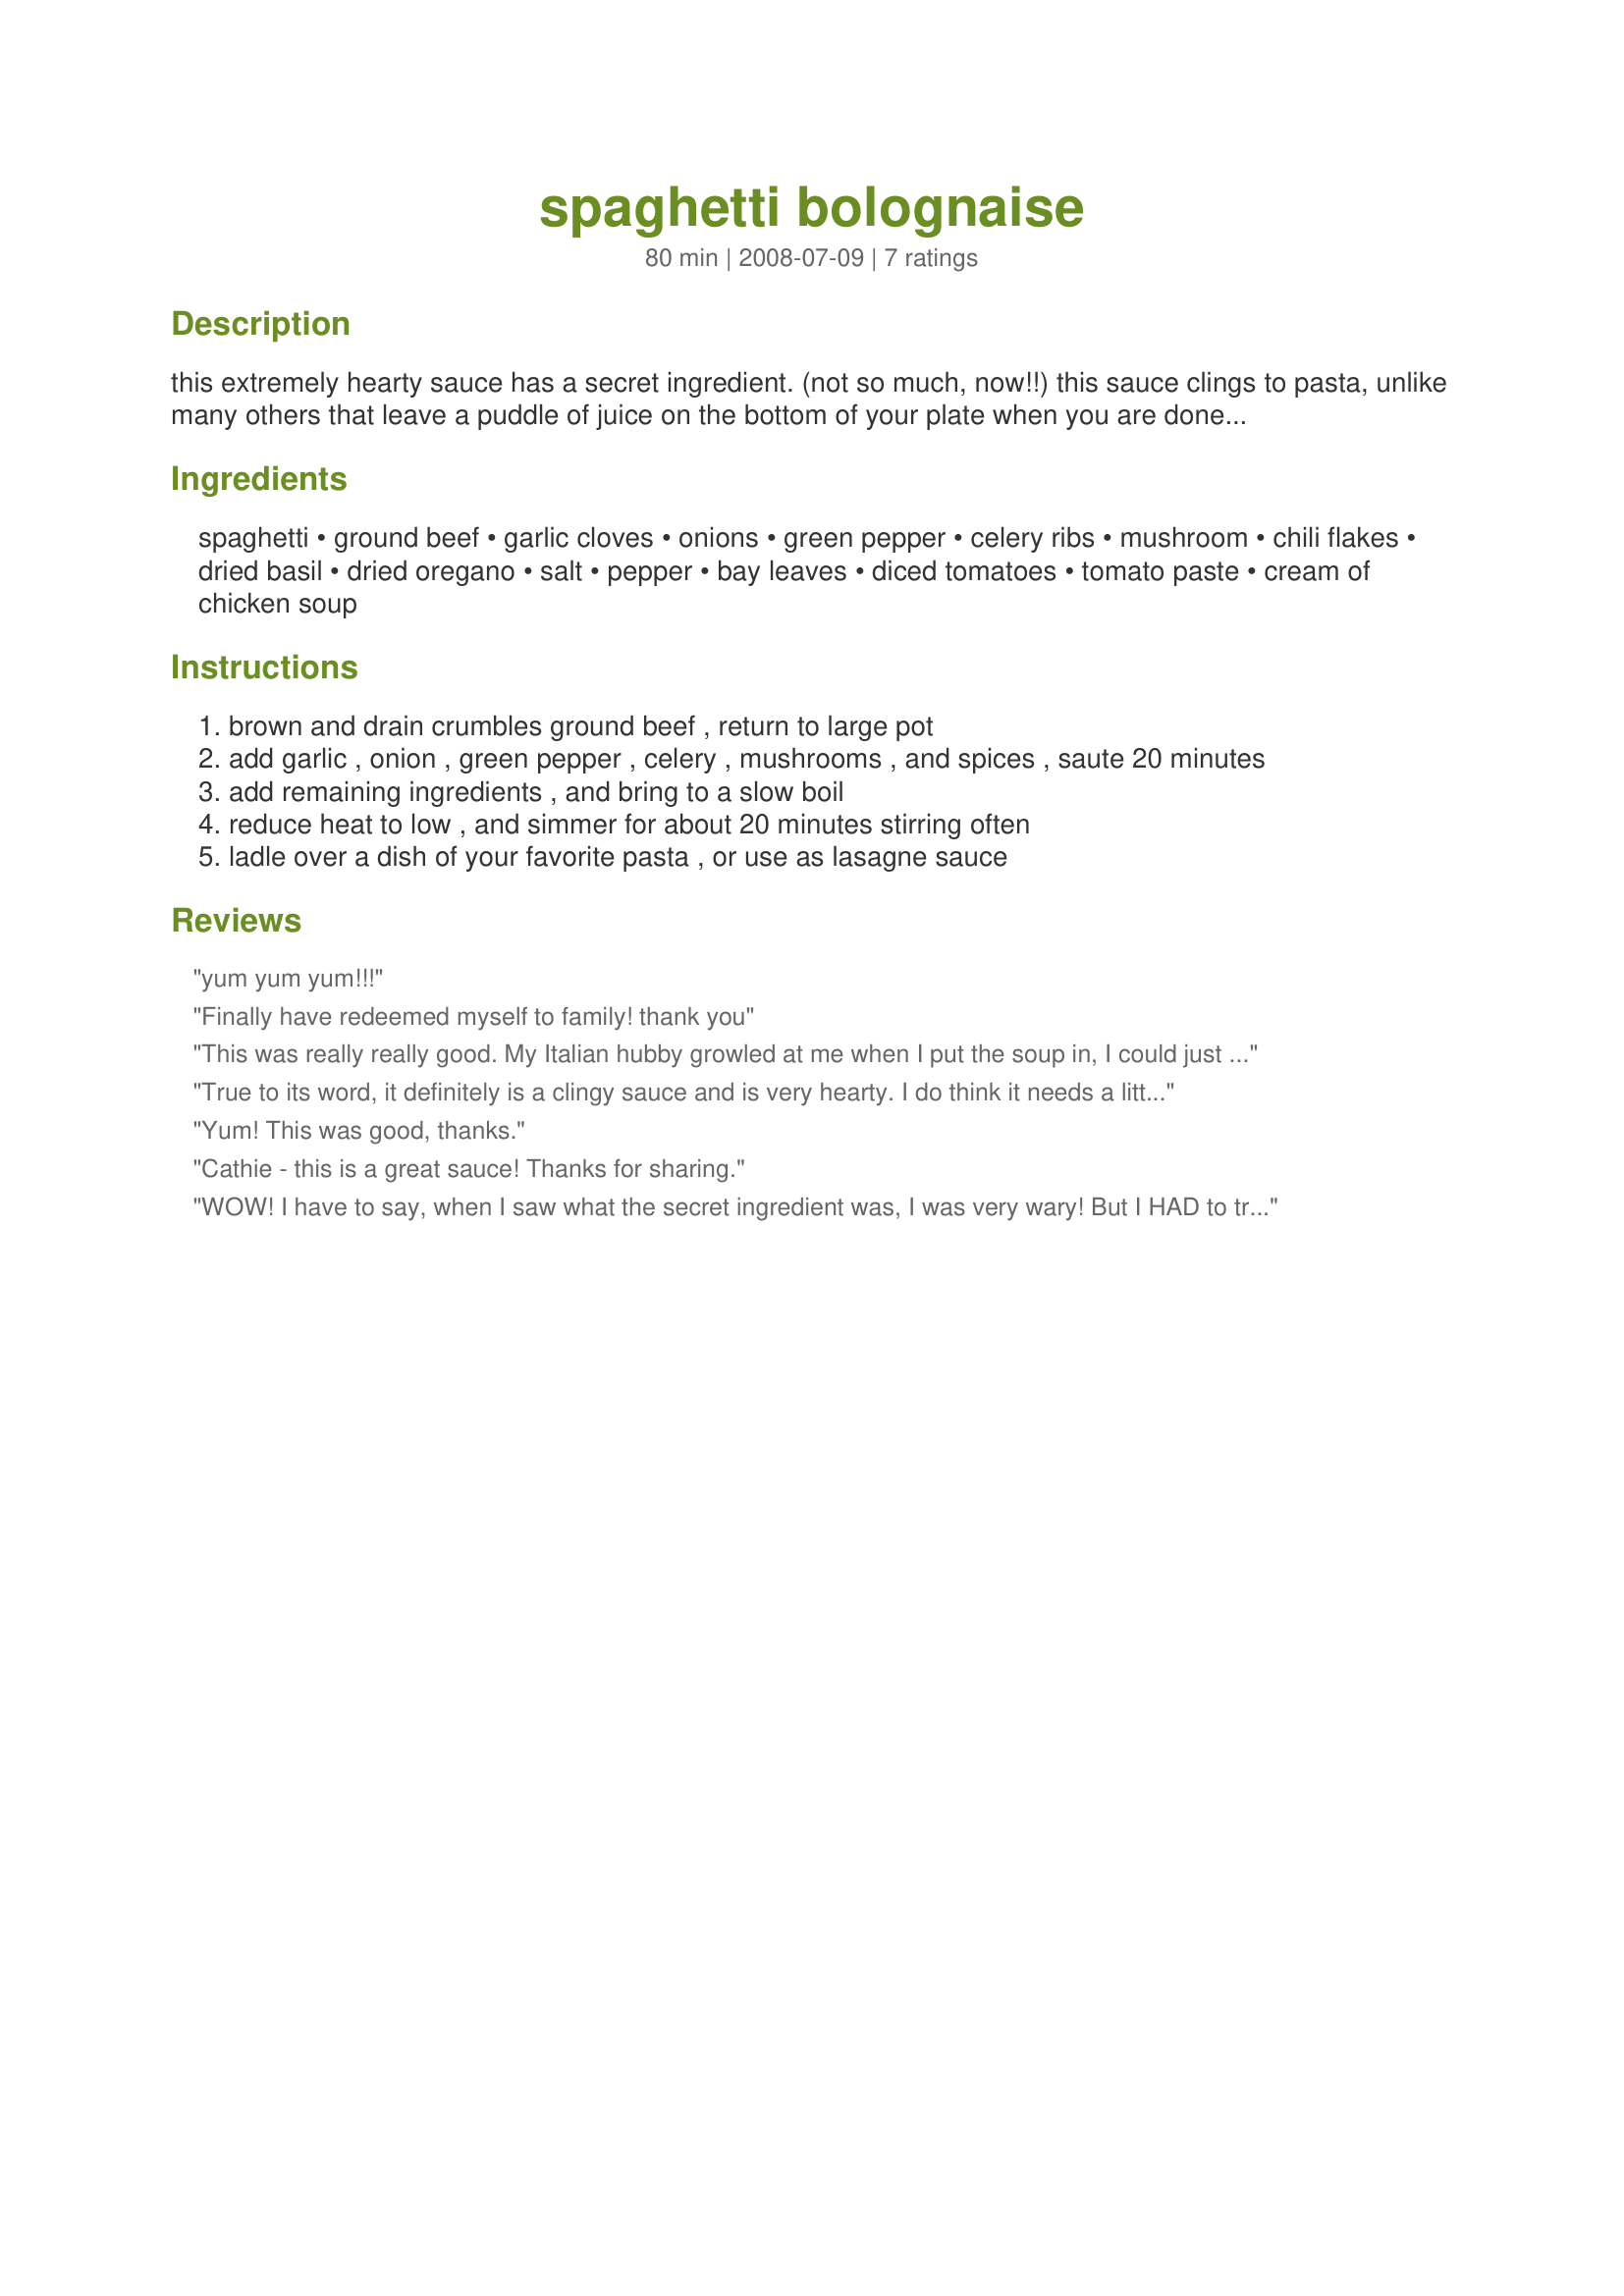
spaghetti bolognaise
Preparation time: 80 minutes

this extremely hearty sauce has a secret ingredient. (not so much, now!!) this sauce clings to pasta, unlike many others that leave a puddle of juice on the bottom of your plate when you are done. the vegetables are chopped finely, allowing them to stay with the pasta as you twirl it on your fork. my mother brought this recipe from england originally more than 50 years ago, but i have tweaked it over the last 35 years. it makes quite a large batch, but it freezes well too. i also use it for lasagne, and it is always a hit. i hope you enjoy it as much as i do!!

Ingredients:
spaghetti, ground beef, garlic cloves, onions, green pepper, celery ribs, mushroom, chili flakes, dried basil, dried oregano, salt, pepper, bay leaves, diced tomatoes, tomato paste, cream of chicken soup

Steps:
brown and drain crumbles ground beef , return to large pot
add garlic , onion , green pepper , celery , mushrooms , and spices , saute 20 minutes
add remaining ingredients , and bring to a slow boil
reduce heat to low , and simmer for about 20 minutes stirring often
ladle over a dish of your favorite pasta , or use as lasagne sauce

Reviews:
yum yum yum!!!
Finally have redeemed myself to family! thank you
This was really really good. My Italian hubby growled at me when I put the soup in, I could just tell he was thinking "BLASPHEMY!!!!!", but he is now a convert after consuming a huge bowl of this delicious pasta sauce. The only thing I did differently was add a good splash of dry white wine while I was cooking the onions etc, and since I was out of mushrooms I substituted a can of Cream of Mushroom soup for the Cream of Chicken soup. Thank you for this recipe!!!
True to its word, it definitely is a clingy sauce and is very hearty. I do think it needs a little bit of punch, though. Perhaps some parmesan cheese added while cooking? I will certainly make this again. It was easy, and worth fiddling with.
Yum! This was good, thanks.
Cathie - this is a great sauce! Thanks for sharing.
WOW! I have to say, when I saw what the secret ingredient was, I was very wary! But I HAD to try it. My sister came over and I had the recipe on the counter, she looked at me and said "Cream of chicken?!" Lol. This sauce turned out wonderful! Just like you said...no puddles on the plate! It stuck to the noodles and was extremely hearty. I made it exactly as you wrote, but I think next time I may double the diced tomatoes. I like alot of tomatoes. This is my new pasta sauce of choice! Thank you so much for sharing this one!!!
